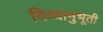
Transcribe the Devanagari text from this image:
दिव्यानुभूती